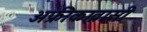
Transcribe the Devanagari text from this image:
अफ्रीकावासी